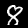
Label: 8